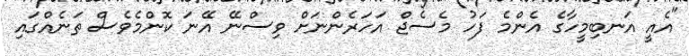
"އެއީ އަނބިމީހާގެ އެންމެ ފަހު މެސެޖް އަހަރެންނަށް ވިސްނޭ އޭނަ ކޮންމެވެސް ތަނެއްގައި